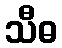
သီဓ